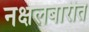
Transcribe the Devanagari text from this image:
नक्षलबारीत